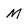
Character: M